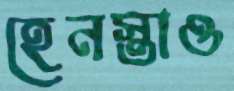
হেনস্তাও